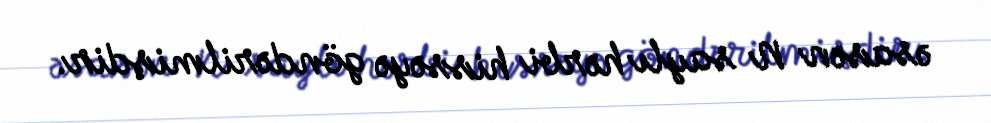
əsasən N saylı hərbi hissəyə göndərilmişdir.